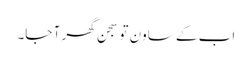
اب کے ساون تو سجن گھر آ جا۔